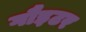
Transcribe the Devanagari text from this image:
गौइटर